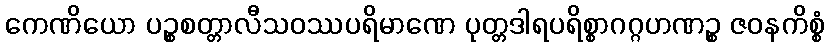
ကေဏိယော ပဉ္စစတ္တာလီသဝဿပရိမာဏေ ပုတ္တဒါရပရိစ္စာဂဂ္ဂဟဏဉ္စ ဇဝနကိစ္စံ